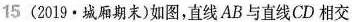
15(2019·城厢期末)如图，直线AB与直线CD相交